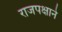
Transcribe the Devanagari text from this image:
राजपक्षाने